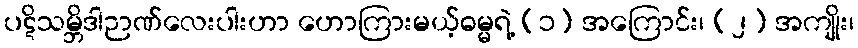
ပဋိသမ္ဘိဒါဉာဏ်လေးပါးဟာ ဟောကြားမယ့်ဓမ္မရဲ့ (၁) အကြောင်း၊ (၂) အကျိုး၊